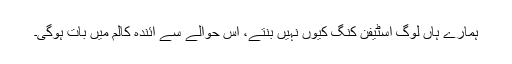
ہمارے ہاں لوگ اسٹیفن کنگ کیوں نہیں بنتے، اس حوالے سے آئندہ کالم میں بات ہوگی۔